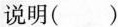
说明( ）